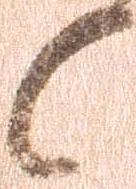
候